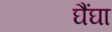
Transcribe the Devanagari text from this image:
घैंघा